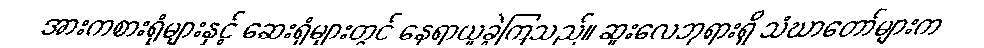
အားကစားရုံများနှင့် ဆေးရုံများတွင် နေရာယူခဲ့ကြသည်။ ဆူးလေဘုရားရှိ သံဃာတော်များက